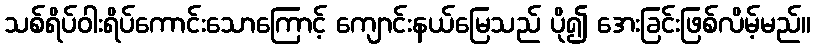
သစ်ရိပ်ဝါးရိပ်ကောင်းသောကြောင့် ကျောင်းနယ်မြေသည် ပို၍ အေးခြင်းဖြစ်လိမ့်မည်။